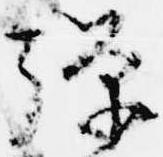
弾